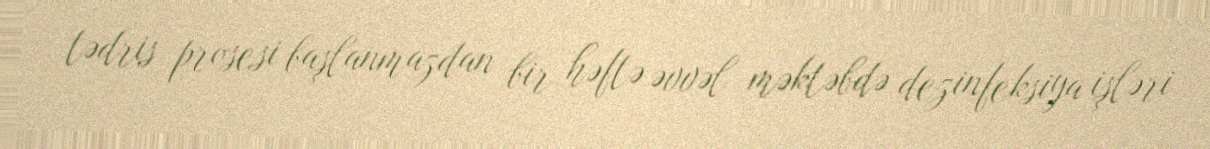
tədris prosesi başlanmazdan bir həftə əvvəl məktəbdə dezinfeksiya işləri